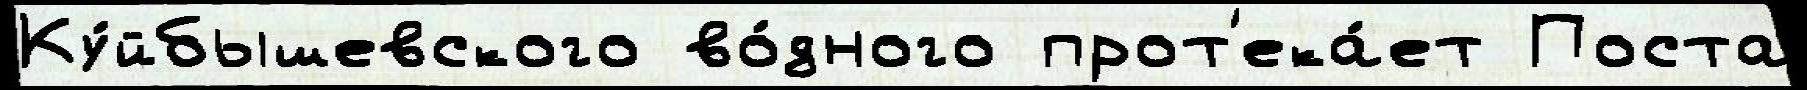
Ку́йбышевского во́дного прот'ека́ет Поста